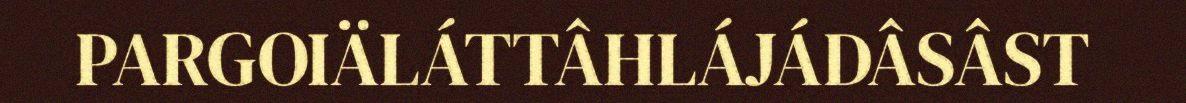
PARGOIÄLÁTTÂHLÁJÁDÂSÂST